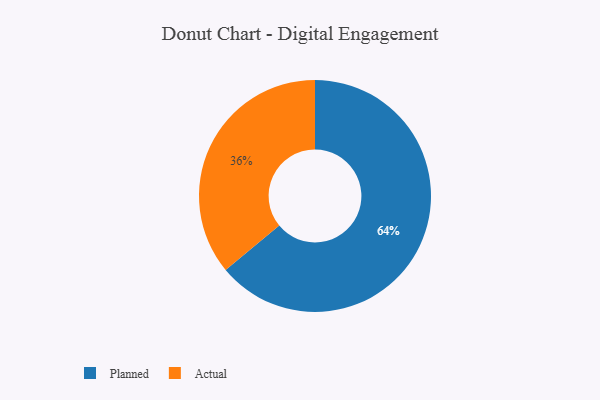
{"axis": {"x": "Category", "y": "Percentage"}, "legend": ["Actual", "Planned"], "data": [{"x": "Planned", "y": 64, "type": "Planned"}, {"x": "Actual", "y": 36, "type": "Actual"}]}